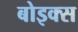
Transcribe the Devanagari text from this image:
बोइक्स